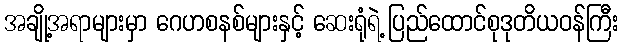
အချို့အရာများမှာ ဂေဟစနစ်များနှင့် ဆေးရုံရဲ့ ပြည်ထောင်စုဒုတိယဝန်ကြီး